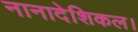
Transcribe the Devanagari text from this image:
नानादेशिकल।